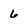
Character: 6